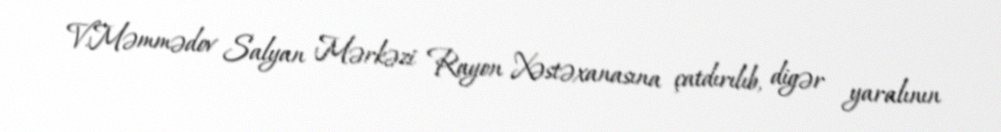
V.Məmmədov Salyan Mərkəzi Rayon Xəstəxanasına çatdırılıb, digər yaralının